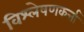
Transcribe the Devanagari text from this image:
विश्लेषणकर्त्ता